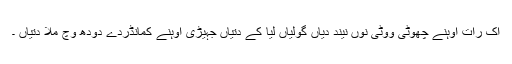
اک رات اوہنے چھوٹی ووٹی نوں نیند دیاں گولیاں لیا کے دتیاں جہیڑی اوہنے کمانڈردے دودھ وچ ملا دتیاں ۔